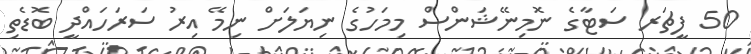
50 ފީޗަރ ސަޓާގެ ނޮމިނޭޝަންސް މިމަހުގެ ނިޔަލަށް ނިމޭ އިރު ސަރަހައްދީ ބޮޑެތި